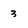
Character: 3